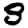
Digit: 8